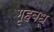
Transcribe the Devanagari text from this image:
गृहबधू